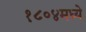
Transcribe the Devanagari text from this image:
१८०४मध्ये